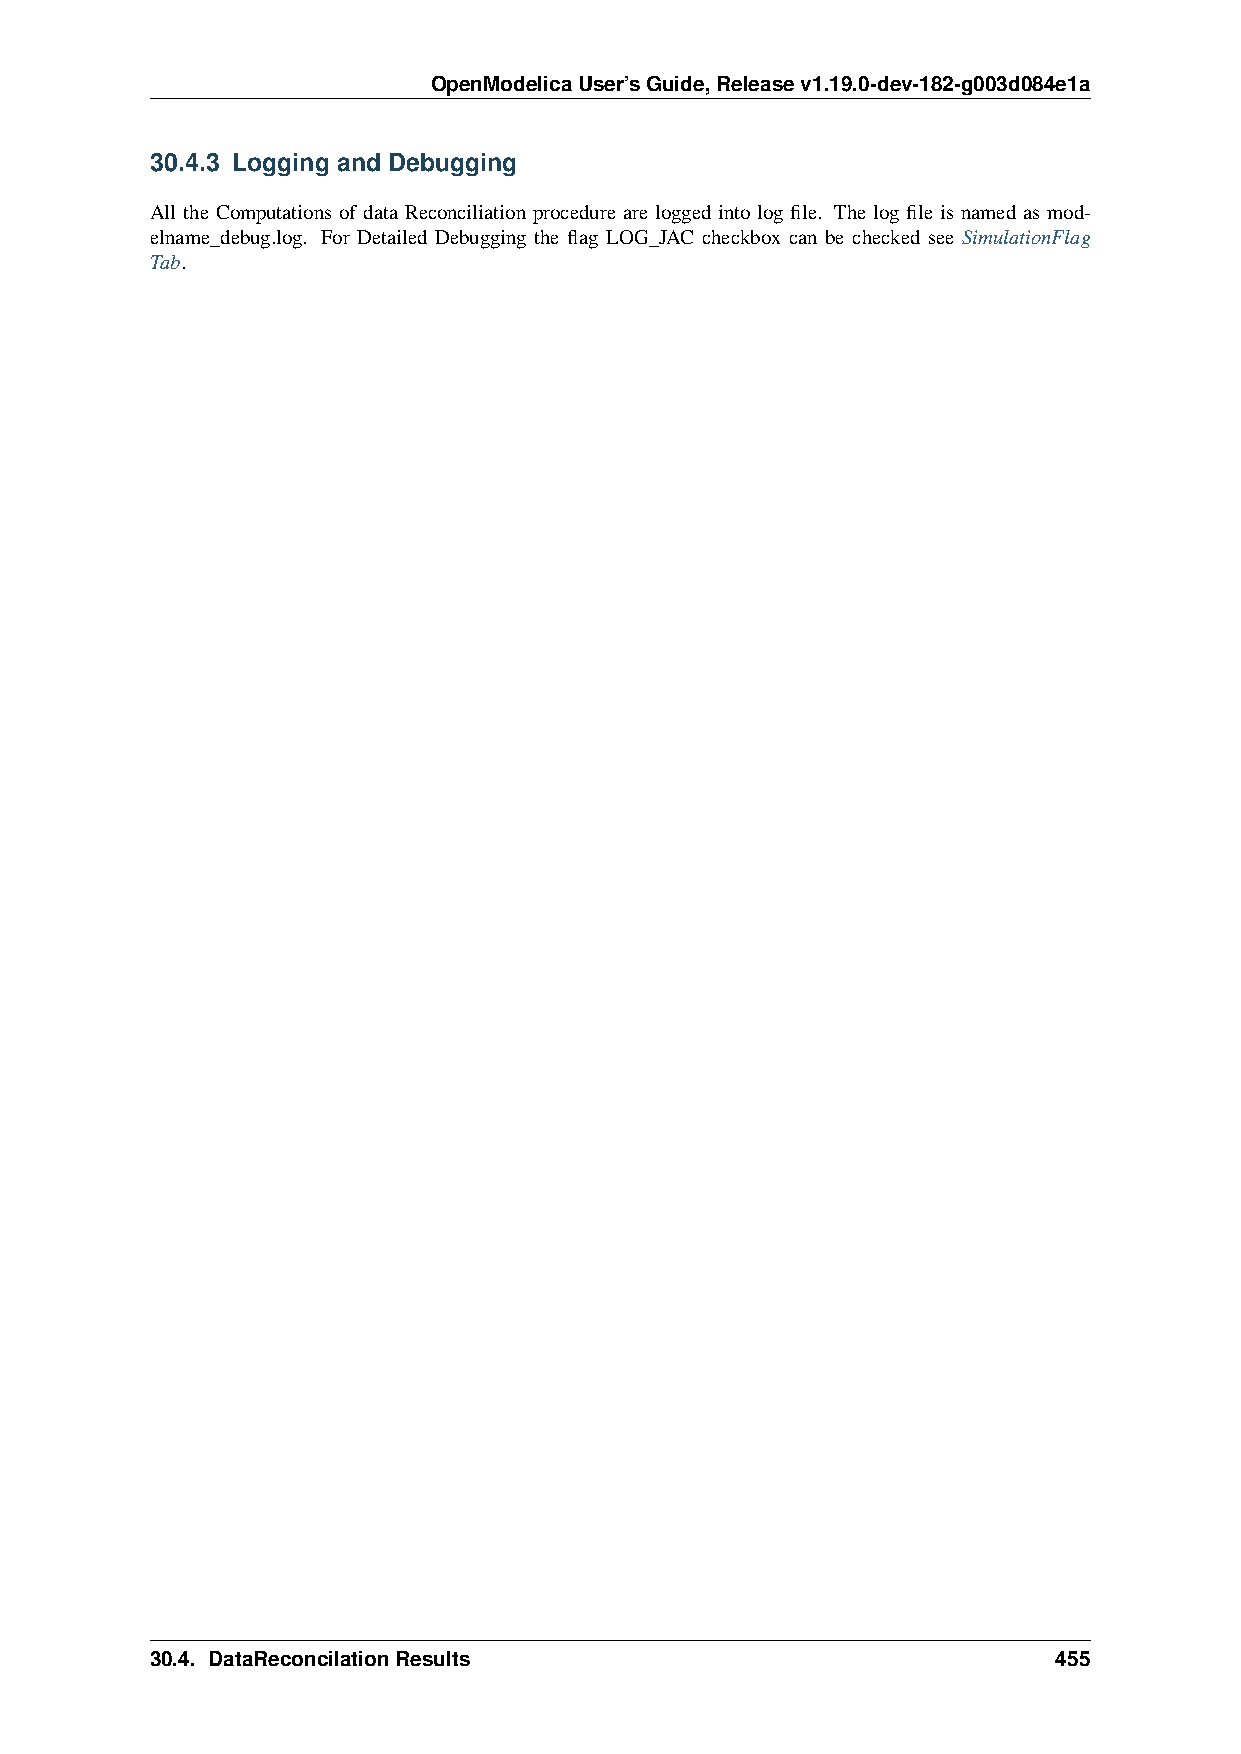
OpenModelicaUser’sGuide,Releasev1.19.0-dev-182-g003d084e1a
 30.4.3 Logging and Debugging
 All the Computations of data Reconciliation procedure are logged into log file. The log file is named as mod-
 elname_debug.log. For Detailed Debugging the flag LOG_JAC checkbox can be checked see SimulationFlag
 Tab.
 30.4. DataReconcilationResults                              455